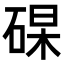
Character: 𥓖